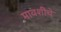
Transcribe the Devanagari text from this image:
मावशीचे